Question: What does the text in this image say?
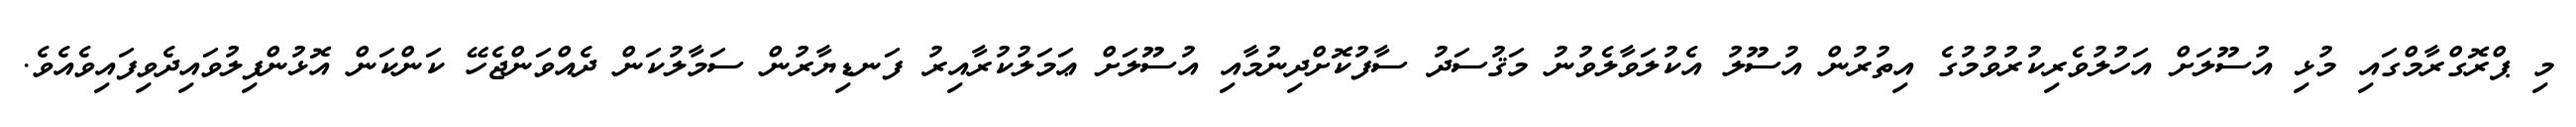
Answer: މި ޕްރޮގްރާމްގައި މުޅި އުސޫލަށް އަހުލުވެރިކުރުވުމުގެ އިތުރުން އުސޫލު އެކުލަވާލެވުނު މަޤުސަދު ސާފުކޮށްދިނުމާއި އުސޫލަށް ޢަމަލުކުރާއިރު ފަނޑިޔާރުން ސަމާލުކަން ދެއްވަންޖެހޭ ކަންކަން އޮޅުންފިލުވައިދެވިފައިވެއެވެ.